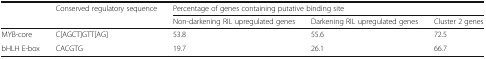
|  | Conserved regulatory sequence | <COLSPAN=3> Percentage of genes containing putative binding site |
 |  |  | Non-darkening RIL upregulated genes | Darkening RIL upregulated genes | Cluster 2 genes |
 | --- | --- | --- | --- | --- |
 | MYB-core | C[AGCT]GTT[AG] | 53.8 | 55.6 | 72.5 |
 | bHLH E-box | CACGTG | 19.7 | 26.1 | 66.7 |